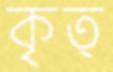
কৃত্